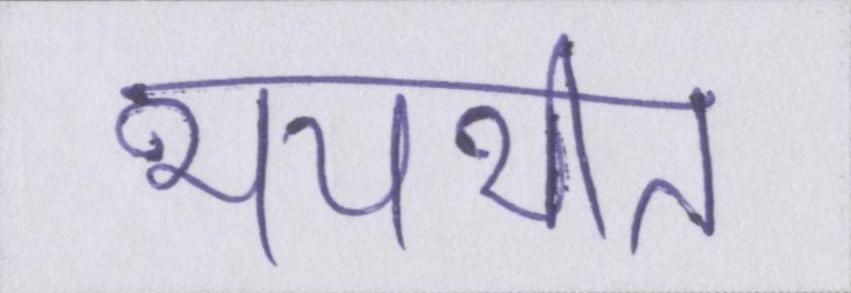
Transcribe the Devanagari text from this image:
भयभीत